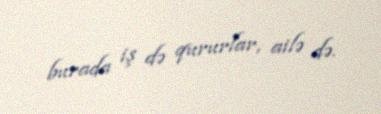
burada iş də qururlar, ailə də.